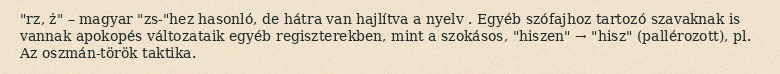
"rz, ż" – magyar "zs-"hez hasonló, de hátra van hajlítva a nyelv . Egyéb szófajhoz tartozó szavaknak is vannak apokopés változataik egyéb regiszterekben, mint a szokásos, "hiszen" → "hisz" (pallérozott), pl. Az oszmán-török taktika.